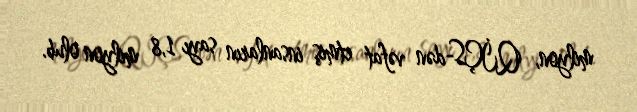
milyon, QİÇS-dən vəfat etmiş insanların sayı 1,8 milyon olub.